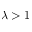
\lambda > 1